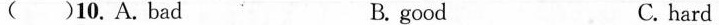
( )10. A. bad B. good C. hard